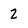
Character: 2